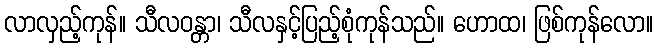
လာလှည့်ကုန်။ သီလဝန္တာ၊ သီလနှင့်ပြည့်စုံကုန်သည်။ ဟောထ၊ ဖြစ်ကုန်လော။